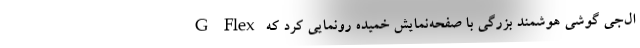
ال‌جی گوشی هوشمند بزرگی با صفحه‌نمایش خمیده رونمایی کرد که G Flex